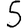
Digit: 5